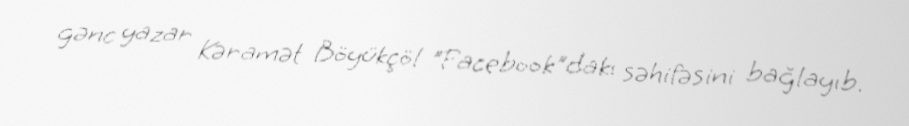
gənc yazar Kəramət Böyükçöl "Facebook"dakı səhifəsini bağlayıb.